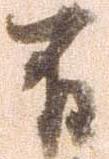
不